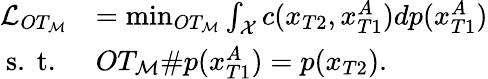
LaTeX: \begin{array}{rl}{\mathcal{L}_{OT_{\mathcal{M}}}}&{=\operatorname*{min}_{OT_{\mathcal{M}}}\int_{\mathcal{X}}c(x_{T2},x_{T1}^{A})dp(x_{T1}^{A})}\\ {\mathrm{s.~t.~}}&{OT_{\mathcal{M}}\# p(x_{T1}^{A})=p(x_{T2}).}\end{array}